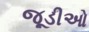
જૂડીઓ